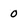
Character: 0